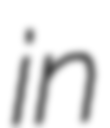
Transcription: in